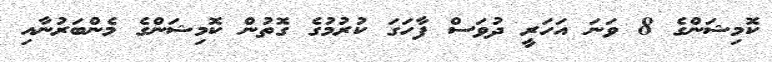
ކޮމިޝަންގެ 8 ވަނަ އަހަރީ ދުވަސް ފާހަގަ ކުރުމުގެ ގޮތުން ކޮމިޝަންގެ މެންބަރުނާއި